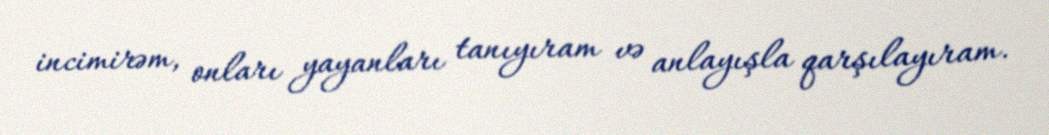
incimirəm, onları yayanları tanıyıram və anlayışla qarşılayıram.